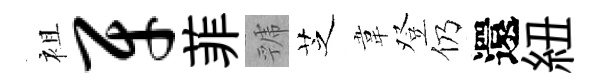
袓牙菲虢芝韋登仍還紐